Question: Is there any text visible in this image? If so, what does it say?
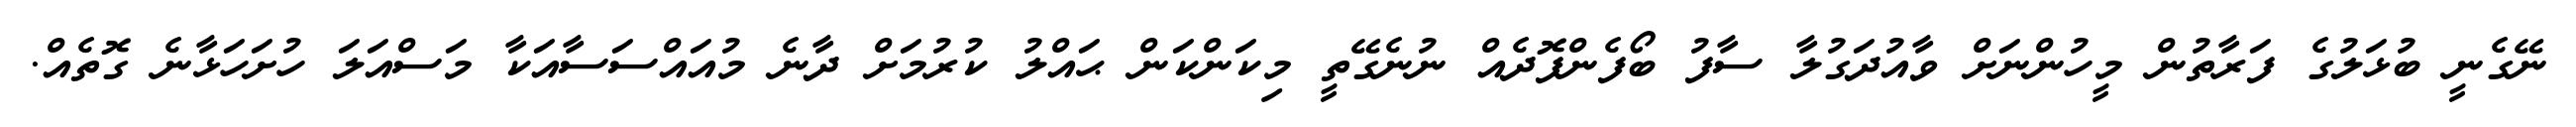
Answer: ނޭގެނީ ބުޅަލުގެ ފަރާތުން މީހުންނަށް ވާއުދަގުލާ ސާފު ބޯފެންފޮދެއް ނުނެގޭތީ މިކަންކަން ޙައްލު ކުރުމަށް ދާނެ މުއައްސަސާއަކާ މަސްއަލަ ހުށަހަޅާނެ ގޮތެއް.